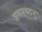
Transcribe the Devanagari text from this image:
जलमयतनुः